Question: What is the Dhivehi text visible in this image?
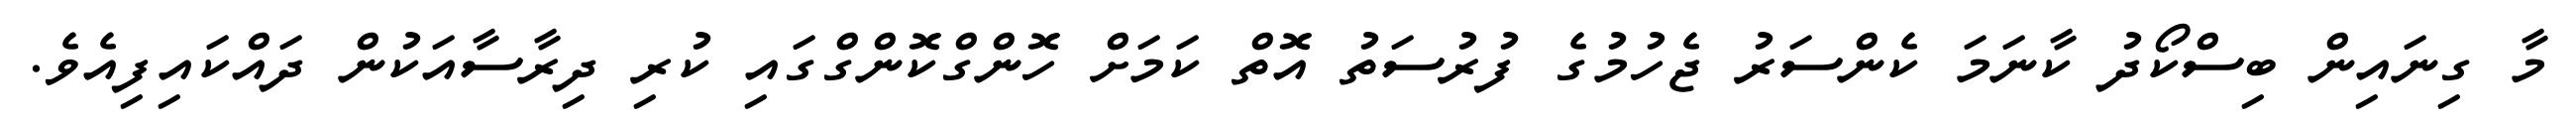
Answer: މާ ގިނައިން ބިސްކޯދު ކާނަމަ ކެންސަރު ޖެހުމުގެ ފުރުސަތު އޮތް ކަމަށް ހޮންގްކޮންގްގައި ކުރި ދިރާސާއަކުން ދައްކައިފިއެވެ.